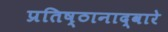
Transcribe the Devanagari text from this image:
प्रतिष्ठानाद्वारे